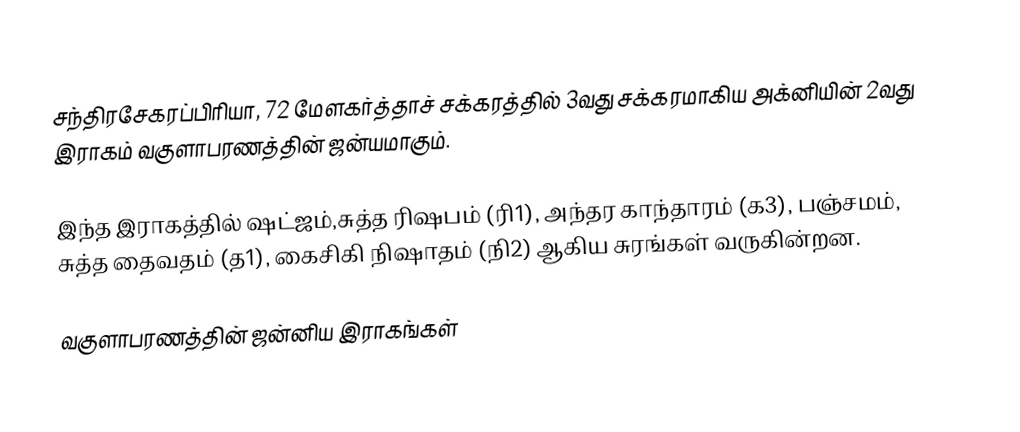
சந்திரசேகரப்பிரியா, 72 மேளகர்த்தாச் சக்கரத்தில் 3வது சக்கரமாகிய அக்னியின் 2வது இராகம் வகுளாபரணத்தின் ஜன்யமாகும்.

இந்த இராகத்தில் ஷட்ஜம்,சுத்த ரிஷபம் (ரி1), அந்தர காந்தாரம் (க3), பஞ்சமம், சுத்த தைவதம் (த1), கைசிகி நிஷாதம்  (நி2) ஆகிய சுரங்கள் வருகின்றன.

வகுளாபரணத்தின் ஜன்னிய இராகங்கள்